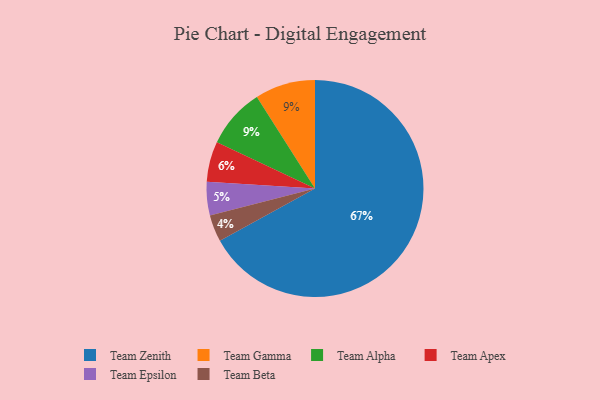
{"axis": {"x": "Category", "y": "Percentage"}, "legend": ["Team Alpha", "Team Apex", "Team Beta", "Team Epsilon", "Team Gamma", "Team Zenith"], "data": [{"x": "Team Gamma", "y": 9, "type": "Team Gamma"}, {"x": "Team Zenith", "y": 67, "type": "Team Zenith"}, {"x": "Team Epsilon", "y": 5, "type": "Team Epsilon"}, {"x": "Team Apex", "y": 6, "type": "Team Apex"}, {"x": "Team Beta", "y": 4, "type": "Team Beta"}, {"x": "Team Alpha", "y": 9, "type": "Team Alpha"}]}